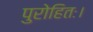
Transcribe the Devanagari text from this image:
पुरोहितः।